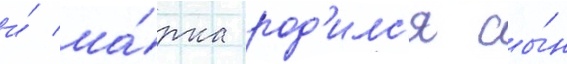
и́ ма́рка род'илс'я сы́н